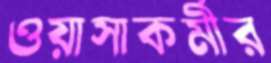
ওয়াসাকর্মীর